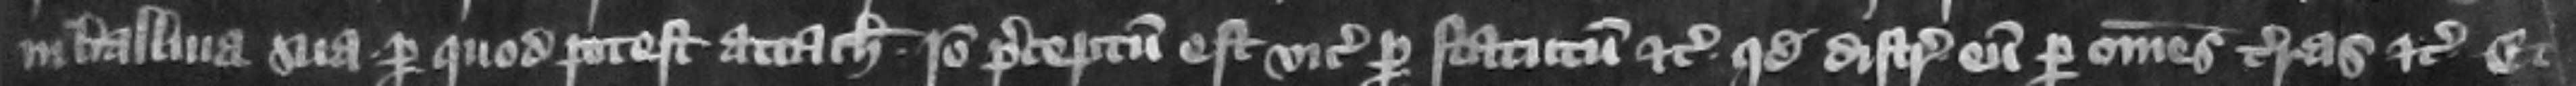
in balliua sua per quod potest attachiari. Ideo preceptum est vicecomiti per statutum etc. quod distringat eum per omnes terras etc. et